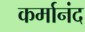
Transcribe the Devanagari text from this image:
कर्मानंद